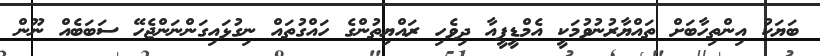
ބަޔަކު އިންތިހާބަށް ތައްޔާރުނުވުމަކީ އެމްޑީޕީއާ ދިވެހި ރައްޔިތުންގެ ހައްގުތައް ނިގުޅައިގަންނަންޖެހޭ ސަބަބެއް ނޫން